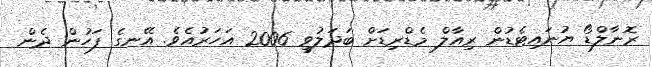
ރޮނާލްޑޯ ޔުނައިޓެޑުން ރިއާލް މެޑްރިޑަށް ބަދަލުވީ 2006 އަހަރުއެވެ. އޭނގެ ފަހުން ދެން